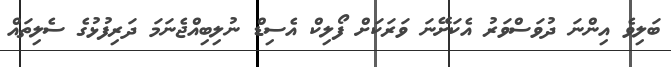
ބަލިވެ އިންނަ ދުވަސްވަރު އެކަށޭނަ ވަރަކަށް ފޯލިކް އެސިޑް ނުލިބިއްޖެނަމަ ދަރިފުޅުގެ ސެލިތައް